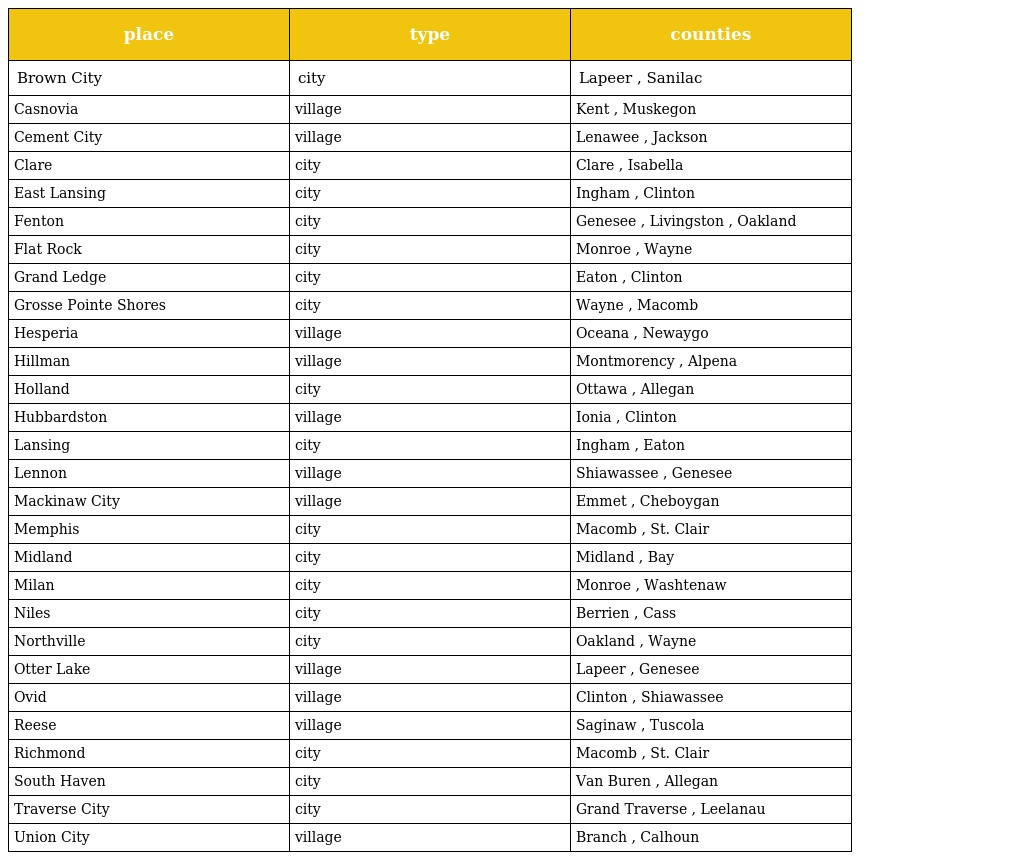
| place | type | counties |
 | --- | --- | --- |
 | Brown City | city | Lapeer , Sanilac |
 | Casnovia | village | Kent , Muskegon |
 | Cement City | village | Lenawee , Jackson |
 | Clare | city | Clare , Isabella |
 | East Lansing | city | Ingham , Clinton |
 | Fenton | city | Genesee , Livingston , Oakland |
 | Flat Rock | city | Monroe , Wayne |
 | Grand Ledge | city | Eaton , Clinton |
 | Grosse Pointe Shores | city | Wayne , Macomb |
 | Hesperia | village | Oceana , Newaygo |
 | Hillman | village | Montmorency , Alpena |
 | Holland | city | Ottawa , Allegan |
 | Hubbardston | village | Ionia , Clinton |
 | Lansing | city | Ingham , Eaton |
 | Lennon | village | Shiawassee , Genesee |
 | Mackinaw City | village | Emmet , Cheboygan |
 | Memphis | city | Macomb , St. Clair |
 | Midland | city | Midland , Bay |
 | Milan | city | Monroe , Washtenaw |
 | Niles | city | Berrien , Cass |
 | Northville | city | Oakland , Wayne |
 | Otter Lake | village | Lapeer , Genesee |
 | Ovid | village | Clinton , Shiawassee |
 | Reese | village | Saginaw , Tuscola |
 | Richmond | city | Macomb , St. Clair |
 | South Haven | city | Van Buren , Allegan |
 | Traverse City | city | Grand Traverse , Leelanau |
 | Union City | village | Branch , Calhoun |